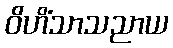
ဝိဟိံသာသညာယ